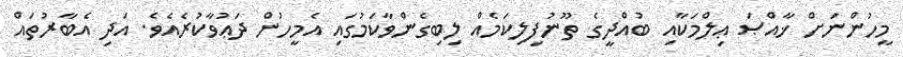
މީހުންނަށް ޚާއްޞަ ޢިލްމަކާއި ބުއްދީގެ ތޫނުފިލިކަމެއް ލިބިގެންވާކަމުގައި އެމީހުން ދަޢުވާކުރެއެވެ. އަދި އެބާރުތައް